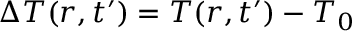
\Delta T ( r , t ^ { \prime } ) = T ( r , t ^ { \prime } ) - T _ { 0 }